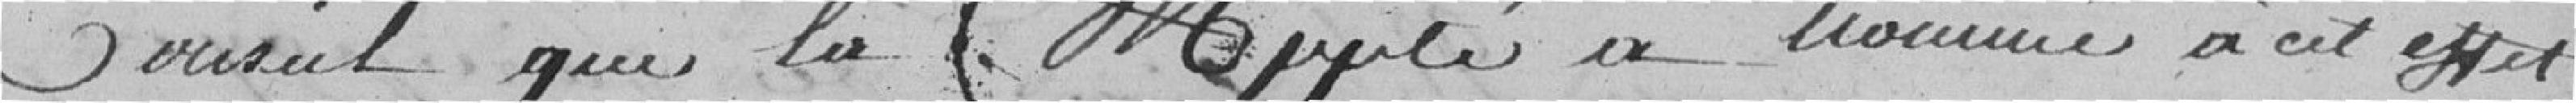
Conseil que la Municipalité a nommé à cet effet.